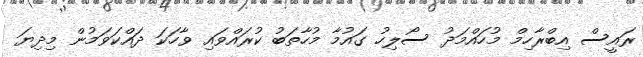
ރައީސް އިބްރާހިމް މުހައްމަދު ސޯލިހު ގައުމާ މުހާތަބު ކުރައްވައި ވާހަކަ ދައްކަވަމުން މިދިޔަ